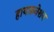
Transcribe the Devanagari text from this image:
हायफ़नेशन